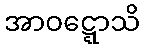
အာဝဋ္ဋောသိ